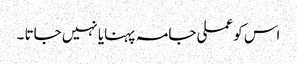
اس کو عملی جامہ پہنایا نہیں جاتا ۔